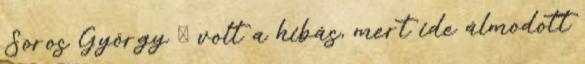
Soros György Ő volt a hibás, mert ide álmodott